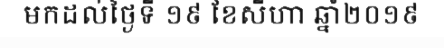
មកដល់ថ្ងៃទី ១៩ ខែសីហា ឆ្នាំ២០១៩